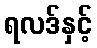
ရလဒ်နှင့်